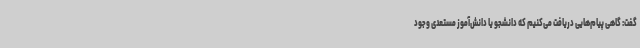
گفت: گاهی پیام‌هایی دریافت می‌کنیم که دانشجو یا دانش‌آموز مستعدی وجود